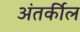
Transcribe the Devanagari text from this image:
अंतर्कील